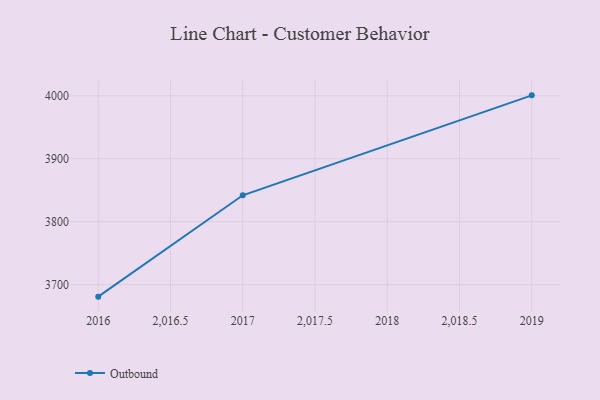
{"axis": {"x": "Year", "y": "Satisfaction Score"}, "legend": ["Outbound"], "data": [{"x": "2016", "y": 3681.0, "type": "Outbound"}, {"x": "2017", "y": 3842.0, "type": "Outbound"}, {"x": "2019", "y": 4000.7, "type": "Outbound"}]}